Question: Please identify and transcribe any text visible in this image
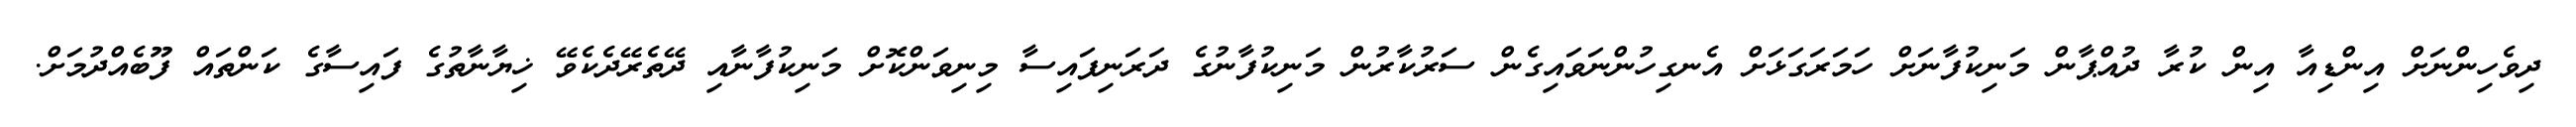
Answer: ދިވެހިންނަށް އިންޑިއާ އިން ކުރާ ދުއްޕާން މަނިކުފާނަށް ހަމަރަގަޅަށް އެނގިހުންނަވައިގެން ސަރުކާރުން މަނިކުފާނުގެ ދަރަނިފައިސާ މިނިވަންކޮށް މަނިކުފާނާއި ދޭތެރޭދެކެވޭ ޚިޔާނާތުގެ ފައިސާގެ ކަންތައް ފޫބެއްދުމަށް.